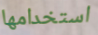
استخدامها